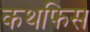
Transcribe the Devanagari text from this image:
कथफिस